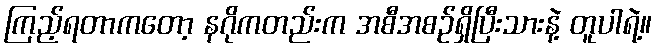
ကြည့်ရတာကတော့ နဂိုကတည်းက အစီအစဉ်ရှိပြီးသားနဲ့ တူပါရဲ့။